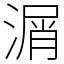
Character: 㴮